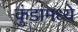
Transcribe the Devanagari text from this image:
कुंडांमध्ये